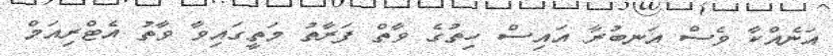
އަނެއްކާ ވެސް އަނބުރާ އައިސް ހިތުގެ ވާތް ފަރާތު މަތީގައިވާ ވާތު އެޓްރިއަމް